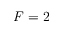
F = 2